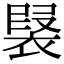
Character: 𧛣